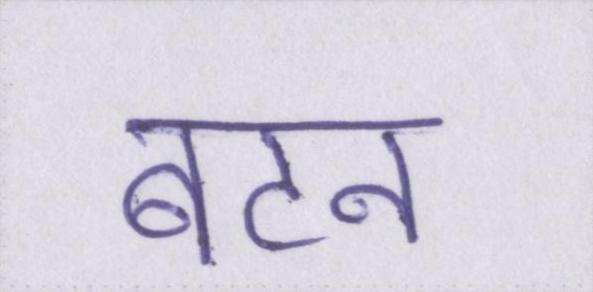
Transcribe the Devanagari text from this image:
बटन